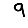
Digit: 9